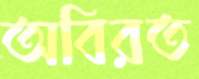
অবিরত